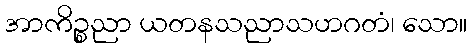
အာကိဉ္စညာ ယတနသညာသဟဂတံ၊ သော။